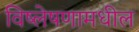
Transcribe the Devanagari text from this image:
विष्लेषणामधील